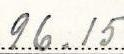
96.15